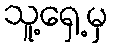
သူ့ရှေ့မှ